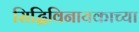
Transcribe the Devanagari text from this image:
सिद्धिविनायकाच्या